Vaccination in Bombay 1902-1912 - 1902-1912
Year: 1902
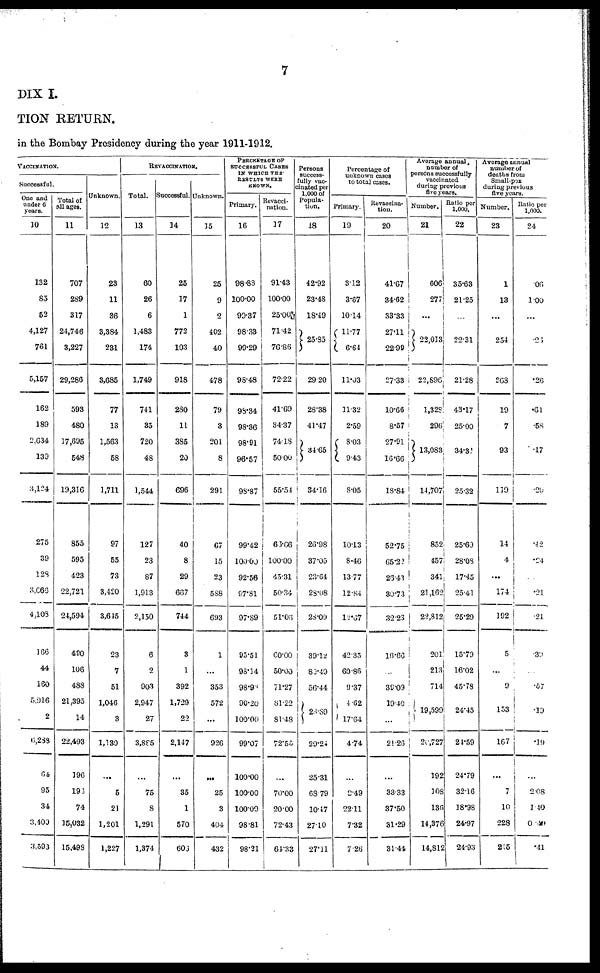
7
DIX I.
TION RETURN.
in the Bombay Presidency during the year 1911-1912.
VACCINATION.
Successful.
One and
under 6
years.
10
132
85
52
4,127
761
5,157
162
189
2,634
139
3,124
275
39
128
3,066
4,108
166
44
160
5,916
2
6,288
64
95
34
3,400
3,593
Total of
all ages.
11
707
289
317
24,746
3,227
29,286
593
480
17,695
548
19,316
855
595
423
22,721
24,594
490
106
488
21,395
14
22,493
196
196
74
15,032
15,498
Unknown.
12
23
11
36
3,384
231
3,685
77
13
1,563
58
1,711
97
55
73
3,420
3,645
23
7
51
1,046
3
1,130
...
5
21
1,201
1,227
REVACCINATION.
Total.
13
60
26
6
1,483
174
1,749
741
35
720
48
1,544
127
23
87
1,913
2,150
6
2
903
2,947
27
3,885
...
75
8
1,291
1,374
Successful.
14
25
17
1
772
103
918
280
11
385
20
696
40
8
29
667
744
3
1
392
1,729
22
2,147
...
35
1
570
606
Unknown.
15
25
9
2
402
40
478
79
3
201
8
291
67
15
23
588
693
1
...
353
572
...
926
...
25
3
404
432
PERCENTAGE OF
SUCCESSFUL CASES
IN WHICH THE
RESULTS WERE
KNOWN.
Primary.
16
98.88
100.00
99.37
98.33
99.29
98.48
98.34
98.36
98.91
96.57
98.87
99.42
100.00
92.56
97.81
97.89
95.51
98.14
98.96
90.20
100.00
99.07
100.00
100.00
100.00
98.81
98.21
Revacci¬
nation.
17
91.43
100.00
25.00
71.42
76.86
72.22
41.69
34.37
74.18
50.00
55.54
66.66
100.00
45.31
50.34
51.06
60.00
50.00
71.27
81.22
81.48
72.55
...
70.00
20.00
72.43
64.33
Persons
success-
fully vac¬
cinated per
1,000 of
Popula¬
tion.
18
42.92
23.48
18.49
25.85
29.20
28.38
41.47
34.65
34.16
26.98
37.05
23.64
28.08
28.09
39.12
80.49
56.44
28.89
29.24
25.31
68.79
10.47
27.10
27.11
Percentage of
unknown cases
to total cases.
Primary.
19
3.12
3.67
10.14
11.77
6.64
11.03
11.32
2.59
8.03
9.43
8.05
10.13
8.46
13.77
12.84
12.67
42.35
60.86
9.37
4.62
17.64
4.74
...
2.49
22.11
7.32
7.26
Revaccina¬
tion.
20
41.67
34.62
33.33
27.11
22.99
27.33
10.66
8.57
27.91
16.66
18.84
52.75
65.22
26.43
30.73
32.23
16.66
...
39.09
19.40
...
21.26
...
33.33
37.50
31.29
31.44
Average annual
number of
persons successfully
vaccinated
during previous
five years.
Number.
21
606
277
...
22,013
22,896
1,328
296
13,083
14,707
852
457
341
21,162
22,812
201
213
714
19,599
20,727
192
108
136
14,376
14,812
Ratio per
1,000.
22
35.63
21.25
...
22.31
21.28
43.17
25.00
34.31
25.32
25.69
28.08
17.45
25.41
25.29
15.79
16.02
45.78
24.45
24.59
24.79
32.16
18.98
24.97
24.93
Average annual
number of
deaths from
Small-pox
during previous
Number.
23
1
13
...
254
263
19
7
93
119
14
4
...
174
192
5
...
9
153
167
...
7
10
228
215
Ratio per
1,000.
24
.06
1.00
...
.26
.26
.61
.58
.17
.20
.42
.24
...
.21
.21
.39
...
.57
.19
.19
...
2.08
1.40
0.40
.41